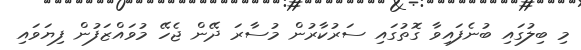
މި ބިލުގައި ބުނެފައިވާ ގޮތުގައި ސަރުކާރުން މުސާރަ ދޭން ޖެހޭ މުވައްޒަފުން ފިޔަވައި